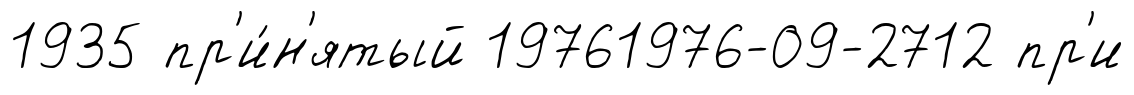
1935 пр'и́н'ятый 19761976-09-2712 пр'и